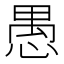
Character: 愚